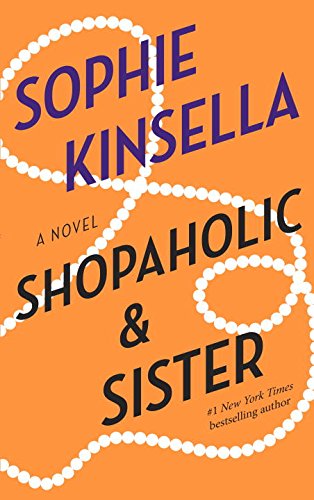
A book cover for Shopaholic & Sister: A Novel; Sophie Kinsella; Literature & Fiction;